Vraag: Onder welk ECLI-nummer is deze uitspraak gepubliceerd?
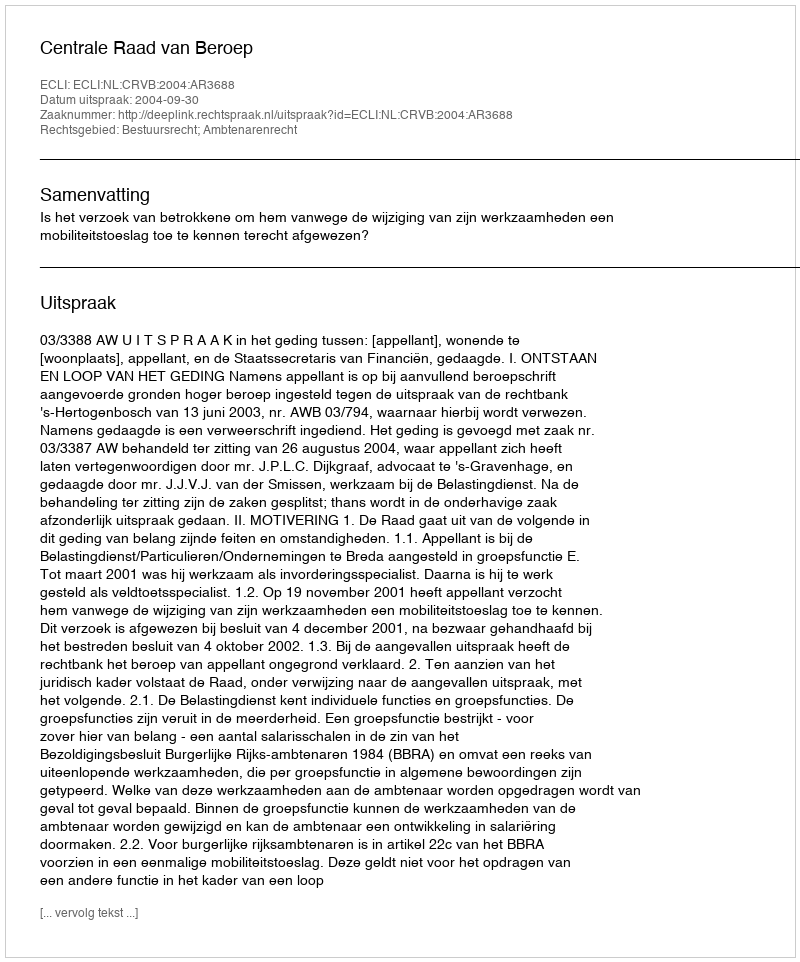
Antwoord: ECLI:NL:CRVB:2004:AR3688